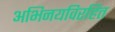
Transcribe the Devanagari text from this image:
अभिनयविरहित